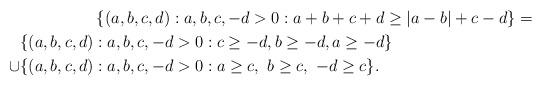
LaTeX: \begin{align*}& \left\{ (a,b,c,d):a,b,c,-d>0:a+b+c+d\geq|a-b|+c-d\right\} =\\\{(a,b,c,d) & :a,b,c,-d>0:c\geq-d,b\geq-d,a\geq-d\}\\\cup\{(a,b,c,d) & :a,b,c,-d>0:a\geq c,\ b\geq c,\ -d\geq c\}.\end{align*}